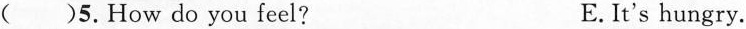
()5. How do you feel? E. It's hungry.